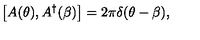
\left[ A ( \theta ) , A ^ { \dagger } ( \beta ) \right] = 2 \pi \delta ( \theta - \beta ) ,